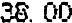
38.00